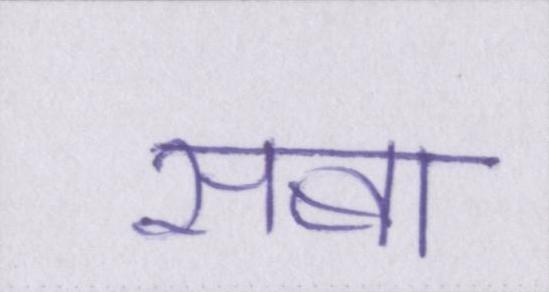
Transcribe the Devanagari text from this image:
सबा